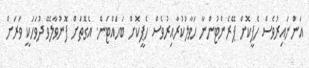
އަންނައިރުވެސް ހެޕީކޮށް ޕޭރެންޓުންނާ ހަވާލުކުރާއިރުވެސް ހެޕީކޮށް ބަހައްޓަން. އެގޮތަށް ފޮނުވާލެވޭ ދުވަހަކީ ވަރަށް